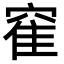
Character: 𫁒